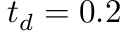
t _ { d } = 0 . 2